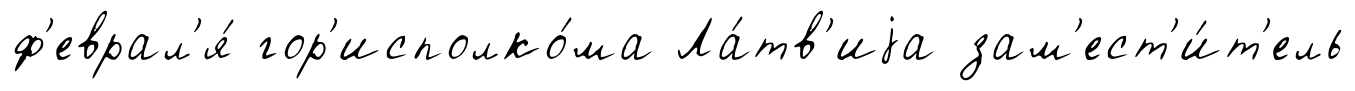
ф'еврал'я́ гор'исполко́ма Ла́тв'иjа зам'ест'и́т'ель